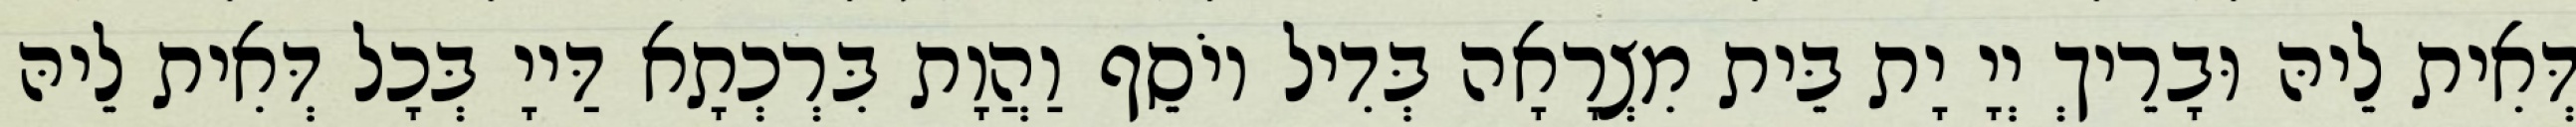
דְּאִית לֵיהּ וּבָרֵיךְ יְיָ יָת בֵּית מִצְרָאָה בְּדִיל יוֹסֵף וַהֲוָת בִּרְכְתָא דַּייָ בְּכָל דְּאִית לֵיהּ